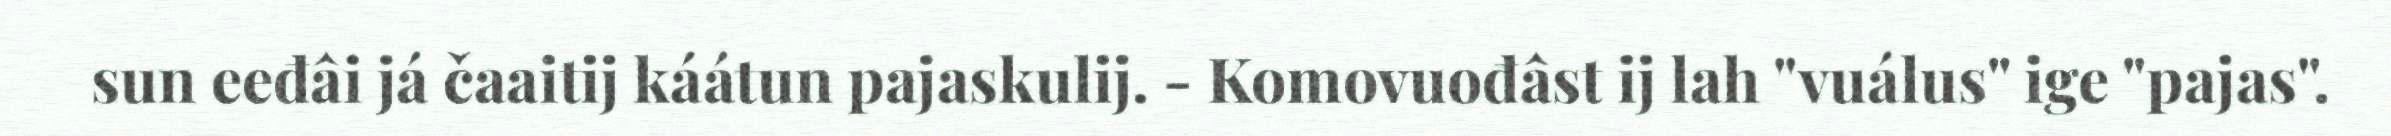
sun eeđâi já čaaitij káátun pajaskulij. - Komovuođâst ij lah "vuálus" ige "pajas".